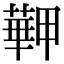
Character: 𦾏